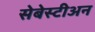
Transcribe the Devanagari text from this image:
सेबेस्टीअन